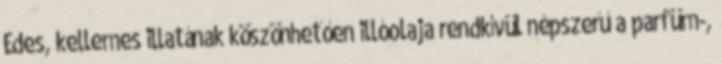
Édes, kellemes illatának köszönhetően illóolaja rendkívül népszerű a parfüm-,